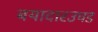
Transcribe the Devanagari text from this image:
बयादारउघड